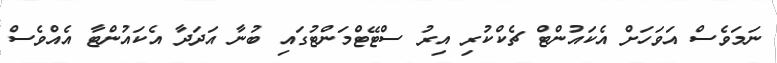
ނަމަވެސް އަވަހަށް އެކައުންޓް ޗެކްކުރި އިރު ސްޓޭޓްމަންޓުގައި ބުނާ އަދަދާ އެކައުންޓާ އެއްވެސް